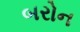
બરોન